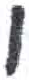
אות: י